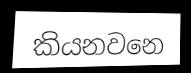
කියනවනෙ